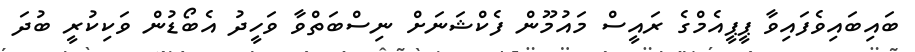
ބައިބައިވެފައިވާ ޕީޕީއެމްގެ ރައީސް މައުމޫން ފެކްޝަނަށް ނިސްބަތްވާ ވަހީދު އެބޯޑުން ވަކިކުރީ ބުދަ